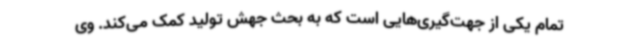
تمام یکی از جهت‌گیری‌هایی است که به بحث جهش تولید کمک می‌کند. وی